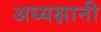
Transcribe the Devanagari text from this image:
अध्यक्षानी